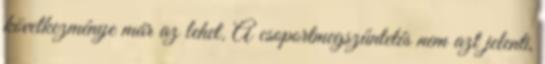
következménye már az lehet. A csoportmegszűntetés nem azt jelenti,